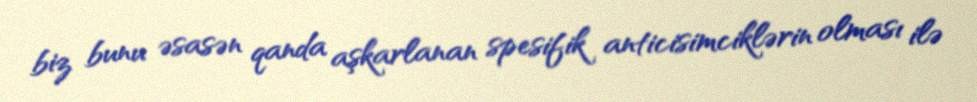
biz bunu əsasən qanda aşkarlanan spesifik anticisimciklərin olması ilə